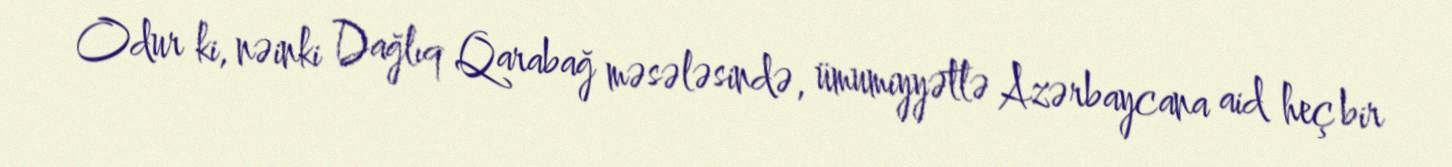
Odur ki, nəinki Dağlıq Qarabağ məsələsində, ümumiyyətlə Azərbaycana aid heç bir